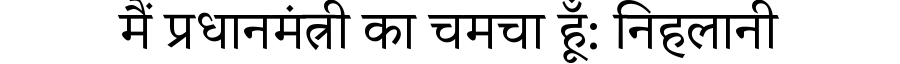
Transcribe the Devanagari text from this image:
मैं प्रधानमंत्री का चमचा हूँ: निहलानी